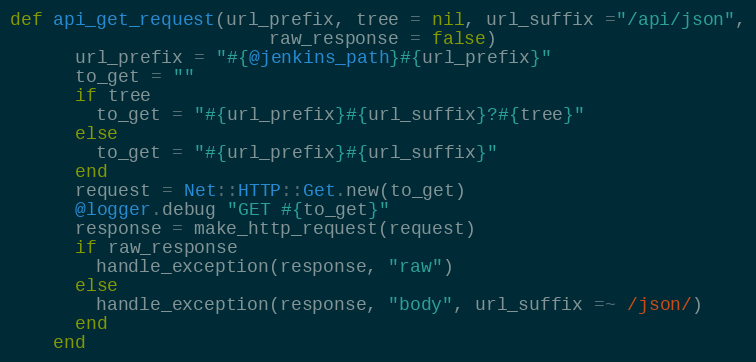
Language: Ruby
def api_get_request(url_prefix, tree = nil, url_suffix ="/api/json",
                        raw_response = false)
      url_prefix = "#{@jenkins_path}#{url_prefix}"
      to_get = ""
      if tree
        to_get = "#{url_prefix}#{url_suffix}?#{tree}"
      else
        to_get = "#{url_prefix}#{url_suffix}"
      end
      request = Net::HTTP::Get.new(to_get)
      @logger.debug "GET #{to_get}"
      response = make_http_request(request)
      if raw_response
        handle_exception(response, "raw")
      else
        handle_exception(response, "body", url_suffix =~ /json/)
      end
    end